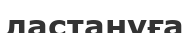
ластануға